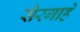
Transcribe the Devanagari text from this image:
सैरगाहें